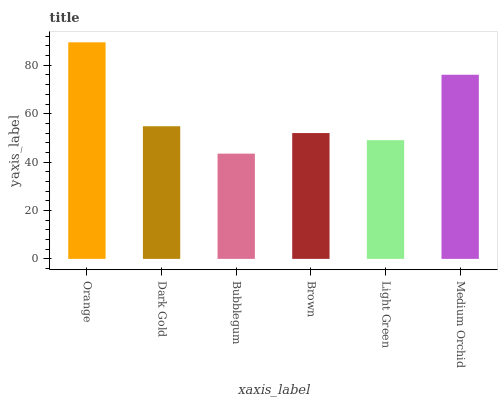
| xaxis_label | bars |
 | --- | --- |
 | Orange | 89.5 |
 | Dark Gold | 54.8 |
 | Bubblegum | 43.5 |
 | Brown | 52 |
 | Light Green | 49.1 |
 | Medium Orchid | 76.1 |